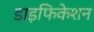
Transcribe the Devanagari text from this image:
डाइफिकेशन